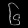
Digit: ၆